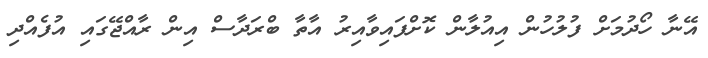
އޭނާ ހޯދުމަށް ފުލުހުން އިއުލާން ކޮށްފައިވާއިރު އާތާ ބްރަދާސް އިން ރާއްޖޭގައި އުފެއްދި